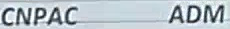
CNPAC ADM